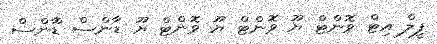
ފީލް އިޓް ވޮންޓް ޔޫ ވޮންޓް ޔޫ ވޮންޓް ޔޫ ޑާންސް ޑާްންސް